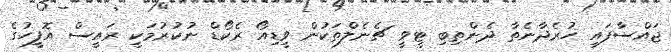
ޖައްސާފައި ހުރެދާނެތާ ދެންތިބި ޓީވީ ޗެނެލްތަކުން ވީޑިއޯ ރެކޯޑް ނުކުރުމަކީ ރައީސް އޮފީހުގެ